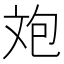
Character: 𣁈